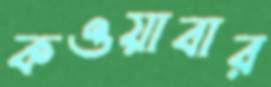
কওয়াবার